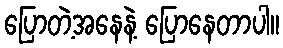
ပြောတဲ့အနေနဲ့ ပြောနေတာပါ။